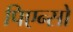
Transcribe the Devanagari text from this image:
पिएन्सो